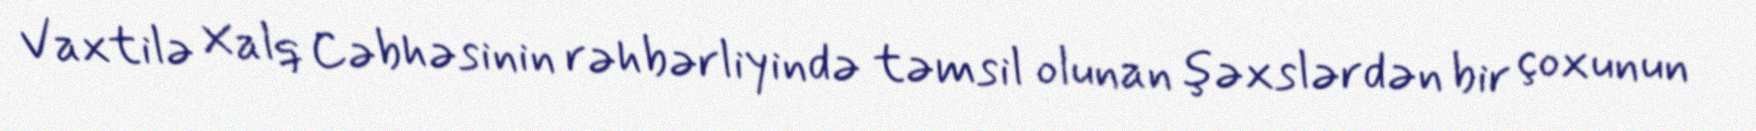
Vaxtilə Xalq Cəbhəsinin rəhbərliyində təmsil olunan şəxslərdən bir çoxunun